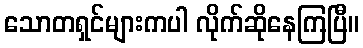
သောတရှင်များကပါ လိုက်ဆိုနေကြပြီ။